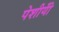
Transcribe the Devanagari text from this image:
पेशीयोँ